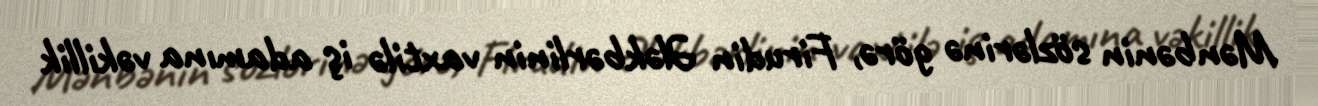
Mənbənin sözlərinə görə, Firudin Ələkbərlinin vaxtilə iş adamına vəkillik